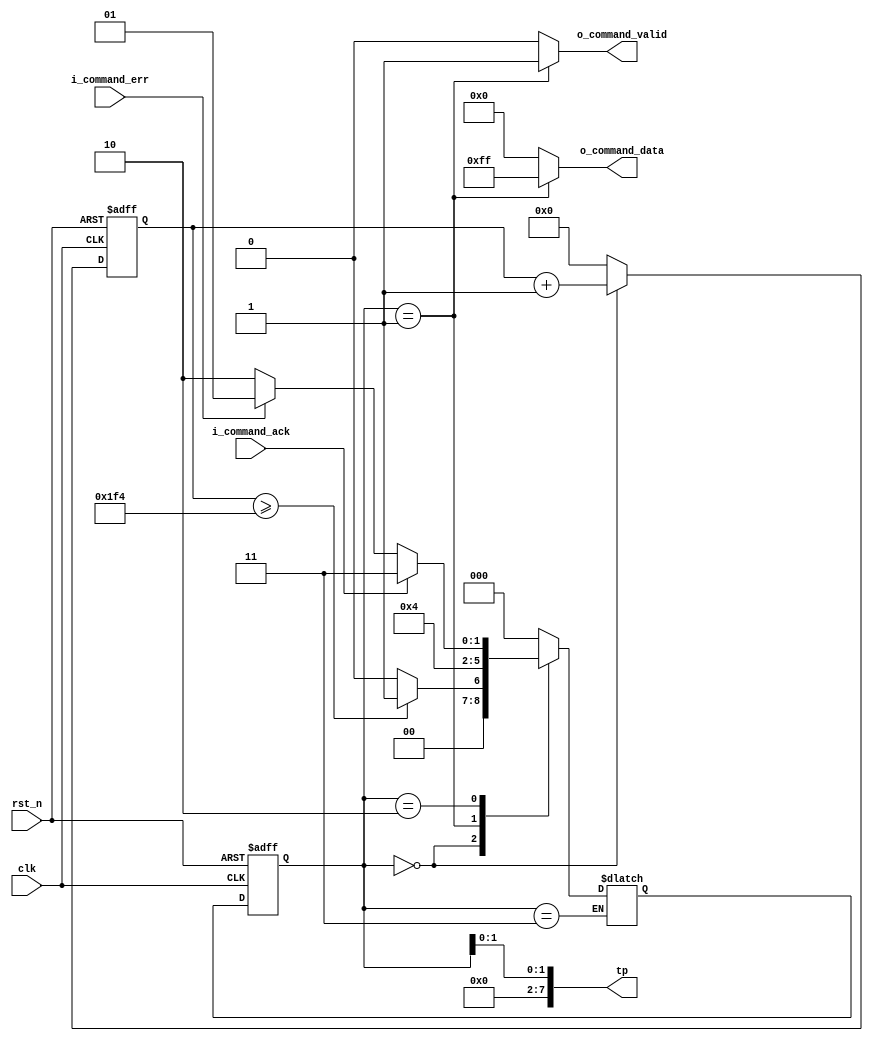

module ps2_keyboard_ctrl (
	input					clk					,
	input					rst_n				,
	output					o_command_valid		,
	output		[ 8-1: 0]	o_command_data		,
	input					i_command_ack		,
	input					i_command_err		,
	output		[ 8-1: 0]	tp						 
);

parameter	S_IDLE		= 3'd0;
parameter	S_SEND_RST	= 3'd1;
parameter	S_WAIT_ACK	= 3'd2;
parameter	S_DONE_INIT	= 3'd3;

reg		[ 3-1: 0]	curSTATE;
reg		[ 3-1: 0]	nxtSTATE;

reg		[32-1: 0]	cnt_wait;

always @ (posedge clk or negedge rst_n) begin
	if (~rst_n) begin
		curSTATE	<= S_IDLE;
	end else begin
		curSTATE	<= nxtSTATE;
	end
end

always @ (*) begin
	case (curSTATE)
		S_IDLE:begin
//			if (cnt_wait >= 32'd500_000_000) begin
			if (cnt_wait >= 32'd500) begin
				nxtSTATE	<= S_SEND_RST;
			end else begin
				nxtSTATE	<= S_IDLE;
			end
		end
		S_SEND_RST:begin
			nxtSTATE	<= S_WAIT_ACK;
		end
		S_WAIT_ACK:begin
			if (i_command_ack) begin
				nxtSTATE	<= S_DONE_INIT;
			end else if (i_command_err) begin
				nxtSTATE	<= S_SEND_RST;
			end else begin
				nxtSTATE	<= S_WAIT_ACK;
			end
		end
		S_DONE_INIT:begin
		end
		default:begin
			nxtSTATE	<= S_IDLE;
		end
	endcase
end

always @ (posedge clk or negedge rst_n) begin
	if (~rst_n) begin
		cnt_wait	<= {32{1'b0}};
	end else if (curSTATE==S_IDLE) begin
		cnt_wait	<= cnt_wait + 1'b1;
	end else begin
		cnt_wait	<= {32{1'b0}};
	end
end

assign	o_command_valid	= (curSTATE==S_SEND_RST) ?  1'b1 : 1'b0  ;
assign	o_command_data	= (curSTATE==S_SEND_RST) ? 8'hFF : 8'h00 ;

assign	tp = { {6{1'b0}}, curSTATE[1:0] };

endmodule